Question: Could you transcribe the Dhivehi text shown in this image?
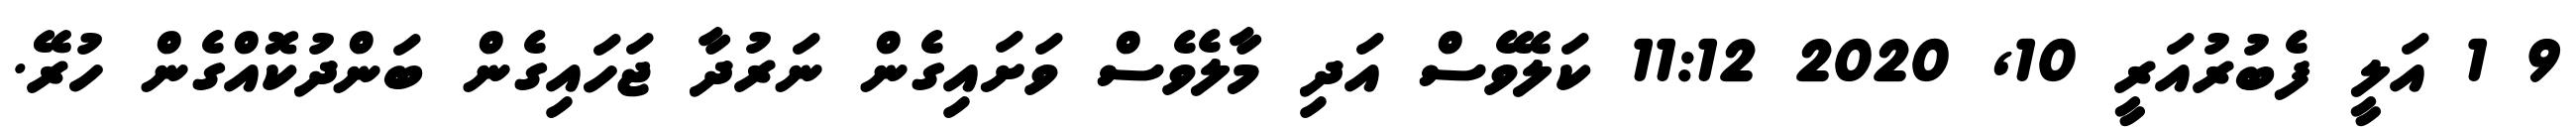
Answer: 9 1 އަލީ ފެބުރުއަރީ 10, 2020 11:12 ކަލޭވެސް އަދި މާލެވެސް ވަށައިގެން ނަރުދާ ޖަހައިގެން ބަންދުކޮއްގެން ހުރޭ.